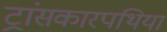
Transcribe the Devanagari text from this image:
ट्रांसकारपथिया